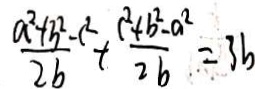
\frac { a ^ { 2 } + b ^ { 2 } - c ^ { 2 } } { 2 b } + \frac { c ^ { 2 } + b ^ { 2 } - a ^ { 2 } } { 2 b } = 3 b